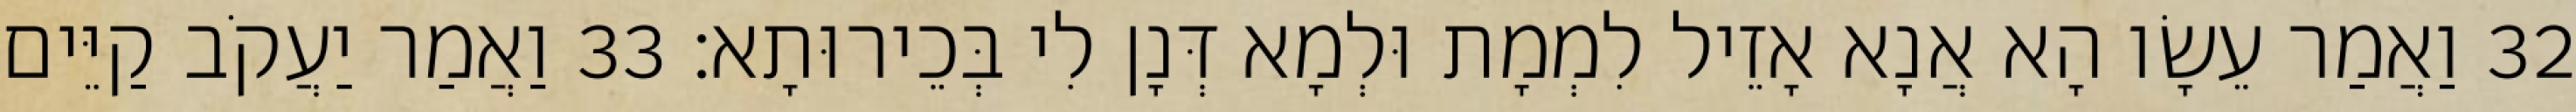
32 וַאֲמַר עֵשָׂו הָא אֲנָא אָזֵיל לִמְמָת וּלְמָא דְּנָן לִי בְּכֵירוּתָא׃ 33 וַאֲמַר יַעֲקֹב קַיֵּים